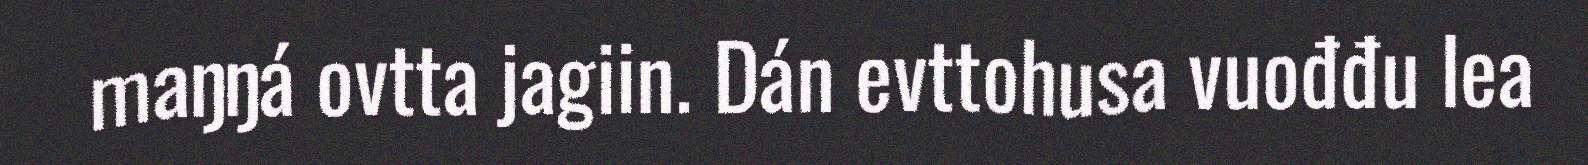
maŋŋá ovtta jagiin. Dán evttohusa vuođđu lea